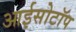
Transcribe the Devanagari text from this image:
आईसोटॉप